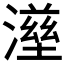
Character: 𤀟